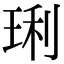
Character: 琍